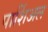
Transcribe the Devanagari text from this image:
पार्शिअल